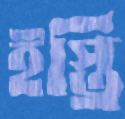
ইস্ত্রি